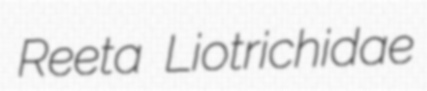
Reeta Liotrichidae